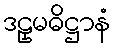
ဒဠှမဓိဋ္ဌာနံ